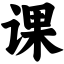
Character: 课